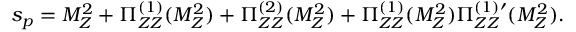
s _ { p } = M _ { Z } ^ { 2 } + \Pi _ { Z Z } ^ { ( 1 ) } ( M _ { Z } ^ { 2 } ) + \Pi _ { Z Z } ^ { ( 2 ) } ( M _ { Z } ^ { 2 } ) + \Pi _ { Z Z } ^ { ( 1 ) } ( M _ { Z } ^ { 2 } ) \Pi _ { Z Z } ^ { ( 1 ) \prime } ( M _ { Z } ^ { 2 } ) .